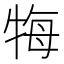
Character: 𤙩